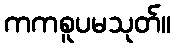
ကကစူပမသုတ်။